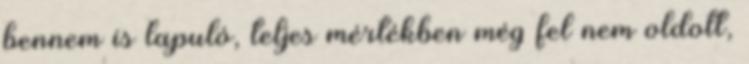
bennem is lapuló, teljes mértékben még fel nem oldott,